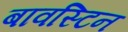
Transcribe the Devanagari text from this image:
बावस्टिन